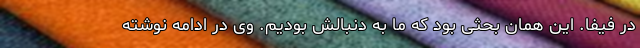
در فیفا. این همان بحثی بود که ما به دنبالش بودیم. وی در ادامه نوشته